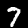
Label: 7